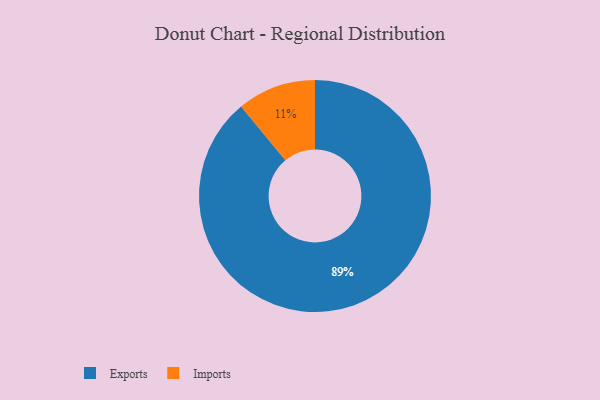
{"axis": {"x": "Category", "y": "Percentage"}, "legend": ["Exports", "Imports"], "data": [{"x": "Exports", "y": 89, "type": "Exports"}, {"x": "Imports", "y": 11, "type": "Imports"}]}